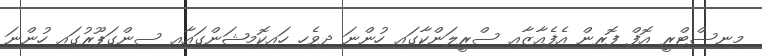
މިނިސްޓްރީ އޮފް ފޮރިން އެފެއާޒާއި ސްރީލަންކާގައި ހުންނަ ދިވެހި ހައިކޮމިޝަންގައާއި ސިންގަޕޫރުގައި ހުންނަ